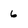
Character: 6